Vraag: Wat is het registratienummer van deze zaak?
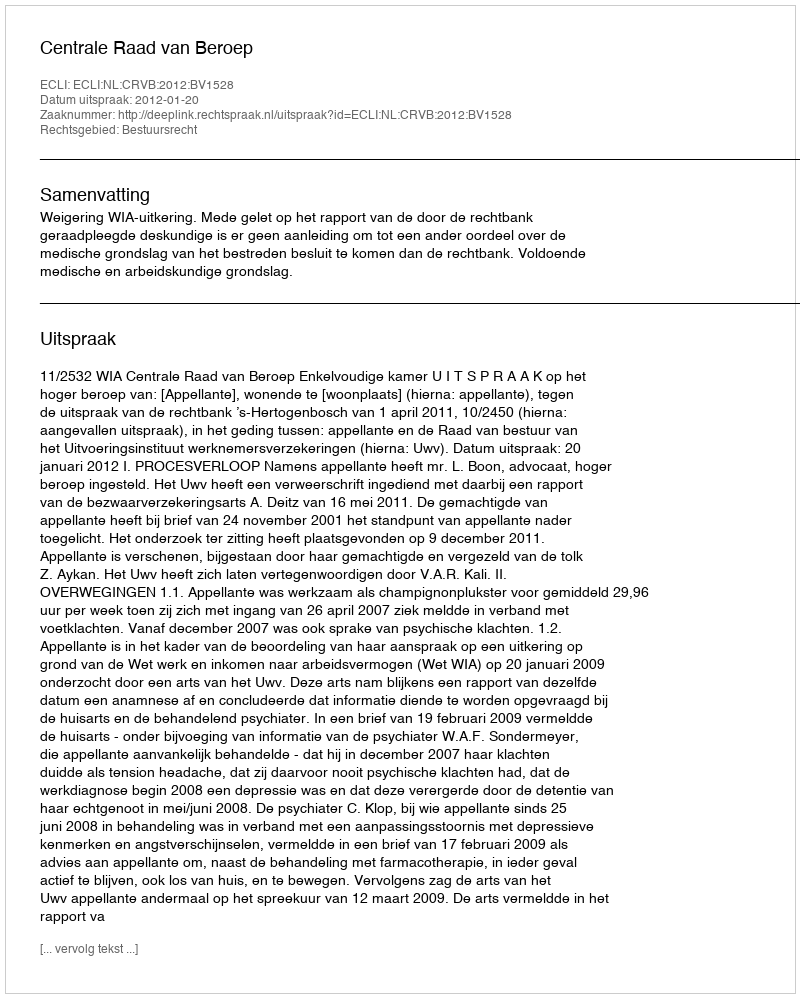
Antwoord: http://deeplink.rechtspraak.nl/uitspraak?id=ECLI:NL:CRVB:2012:BV1528